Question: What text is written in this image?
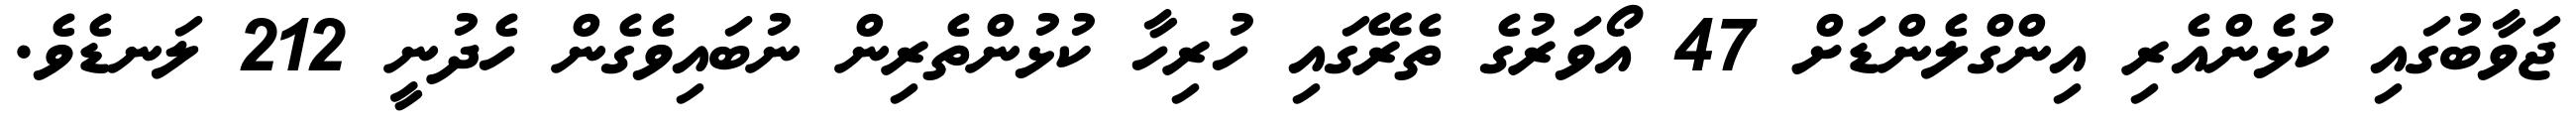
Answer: ޖަވާބުގައި ކުޅެންއެރި އިންގްލެންޑަށް 47 އޯވަރުގެ ތެރޭގައި ހުރިހާ ކުޅުންތެރިން ނުބައިވެގެން ހެދުނީ 212 ލަނޑެވެ.